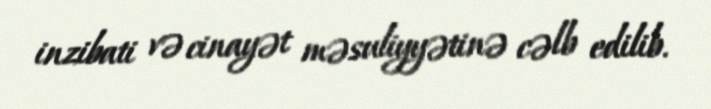
inzibati və cinayət məsuliyyətinə cəlb edilib.